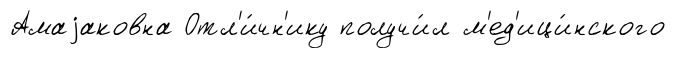
Амаjаковна Отл'и́чн'ику получи́л м'ед'ици́нского